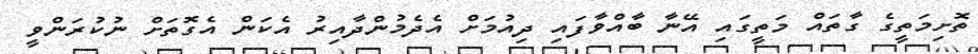
ތޮށިމަތީގެ ގާތައް މަތީގައި އޭނާ ބާއްވާފައި ދިއުމަށް އެދެމުންދާއިރު އެކަން އެގޮތަށް ނުކުރަންވީ